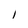
Character: 1